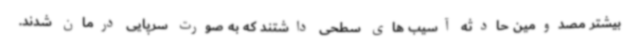
بیشتر مصدومین حادثه آسیب های سطحی داشتند که به صورت سرپایی درمان شدند.